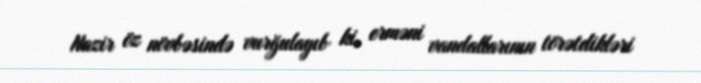
Nazir öz növbəsində vurğulayıb ki, erməni vandallarının törətdikləri